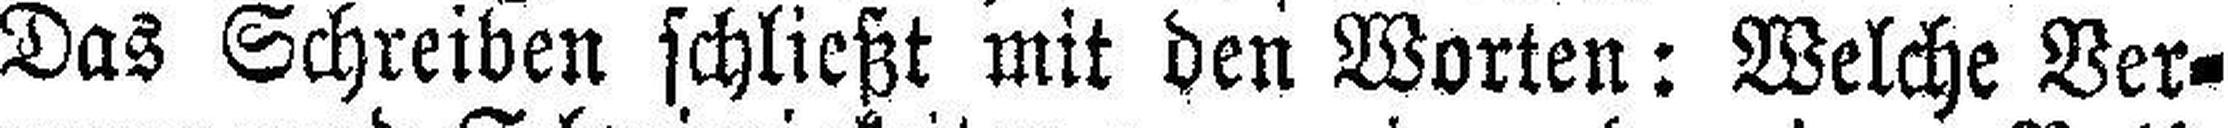
Das Schreiben schließt mit den Worten: Welche Ver¬